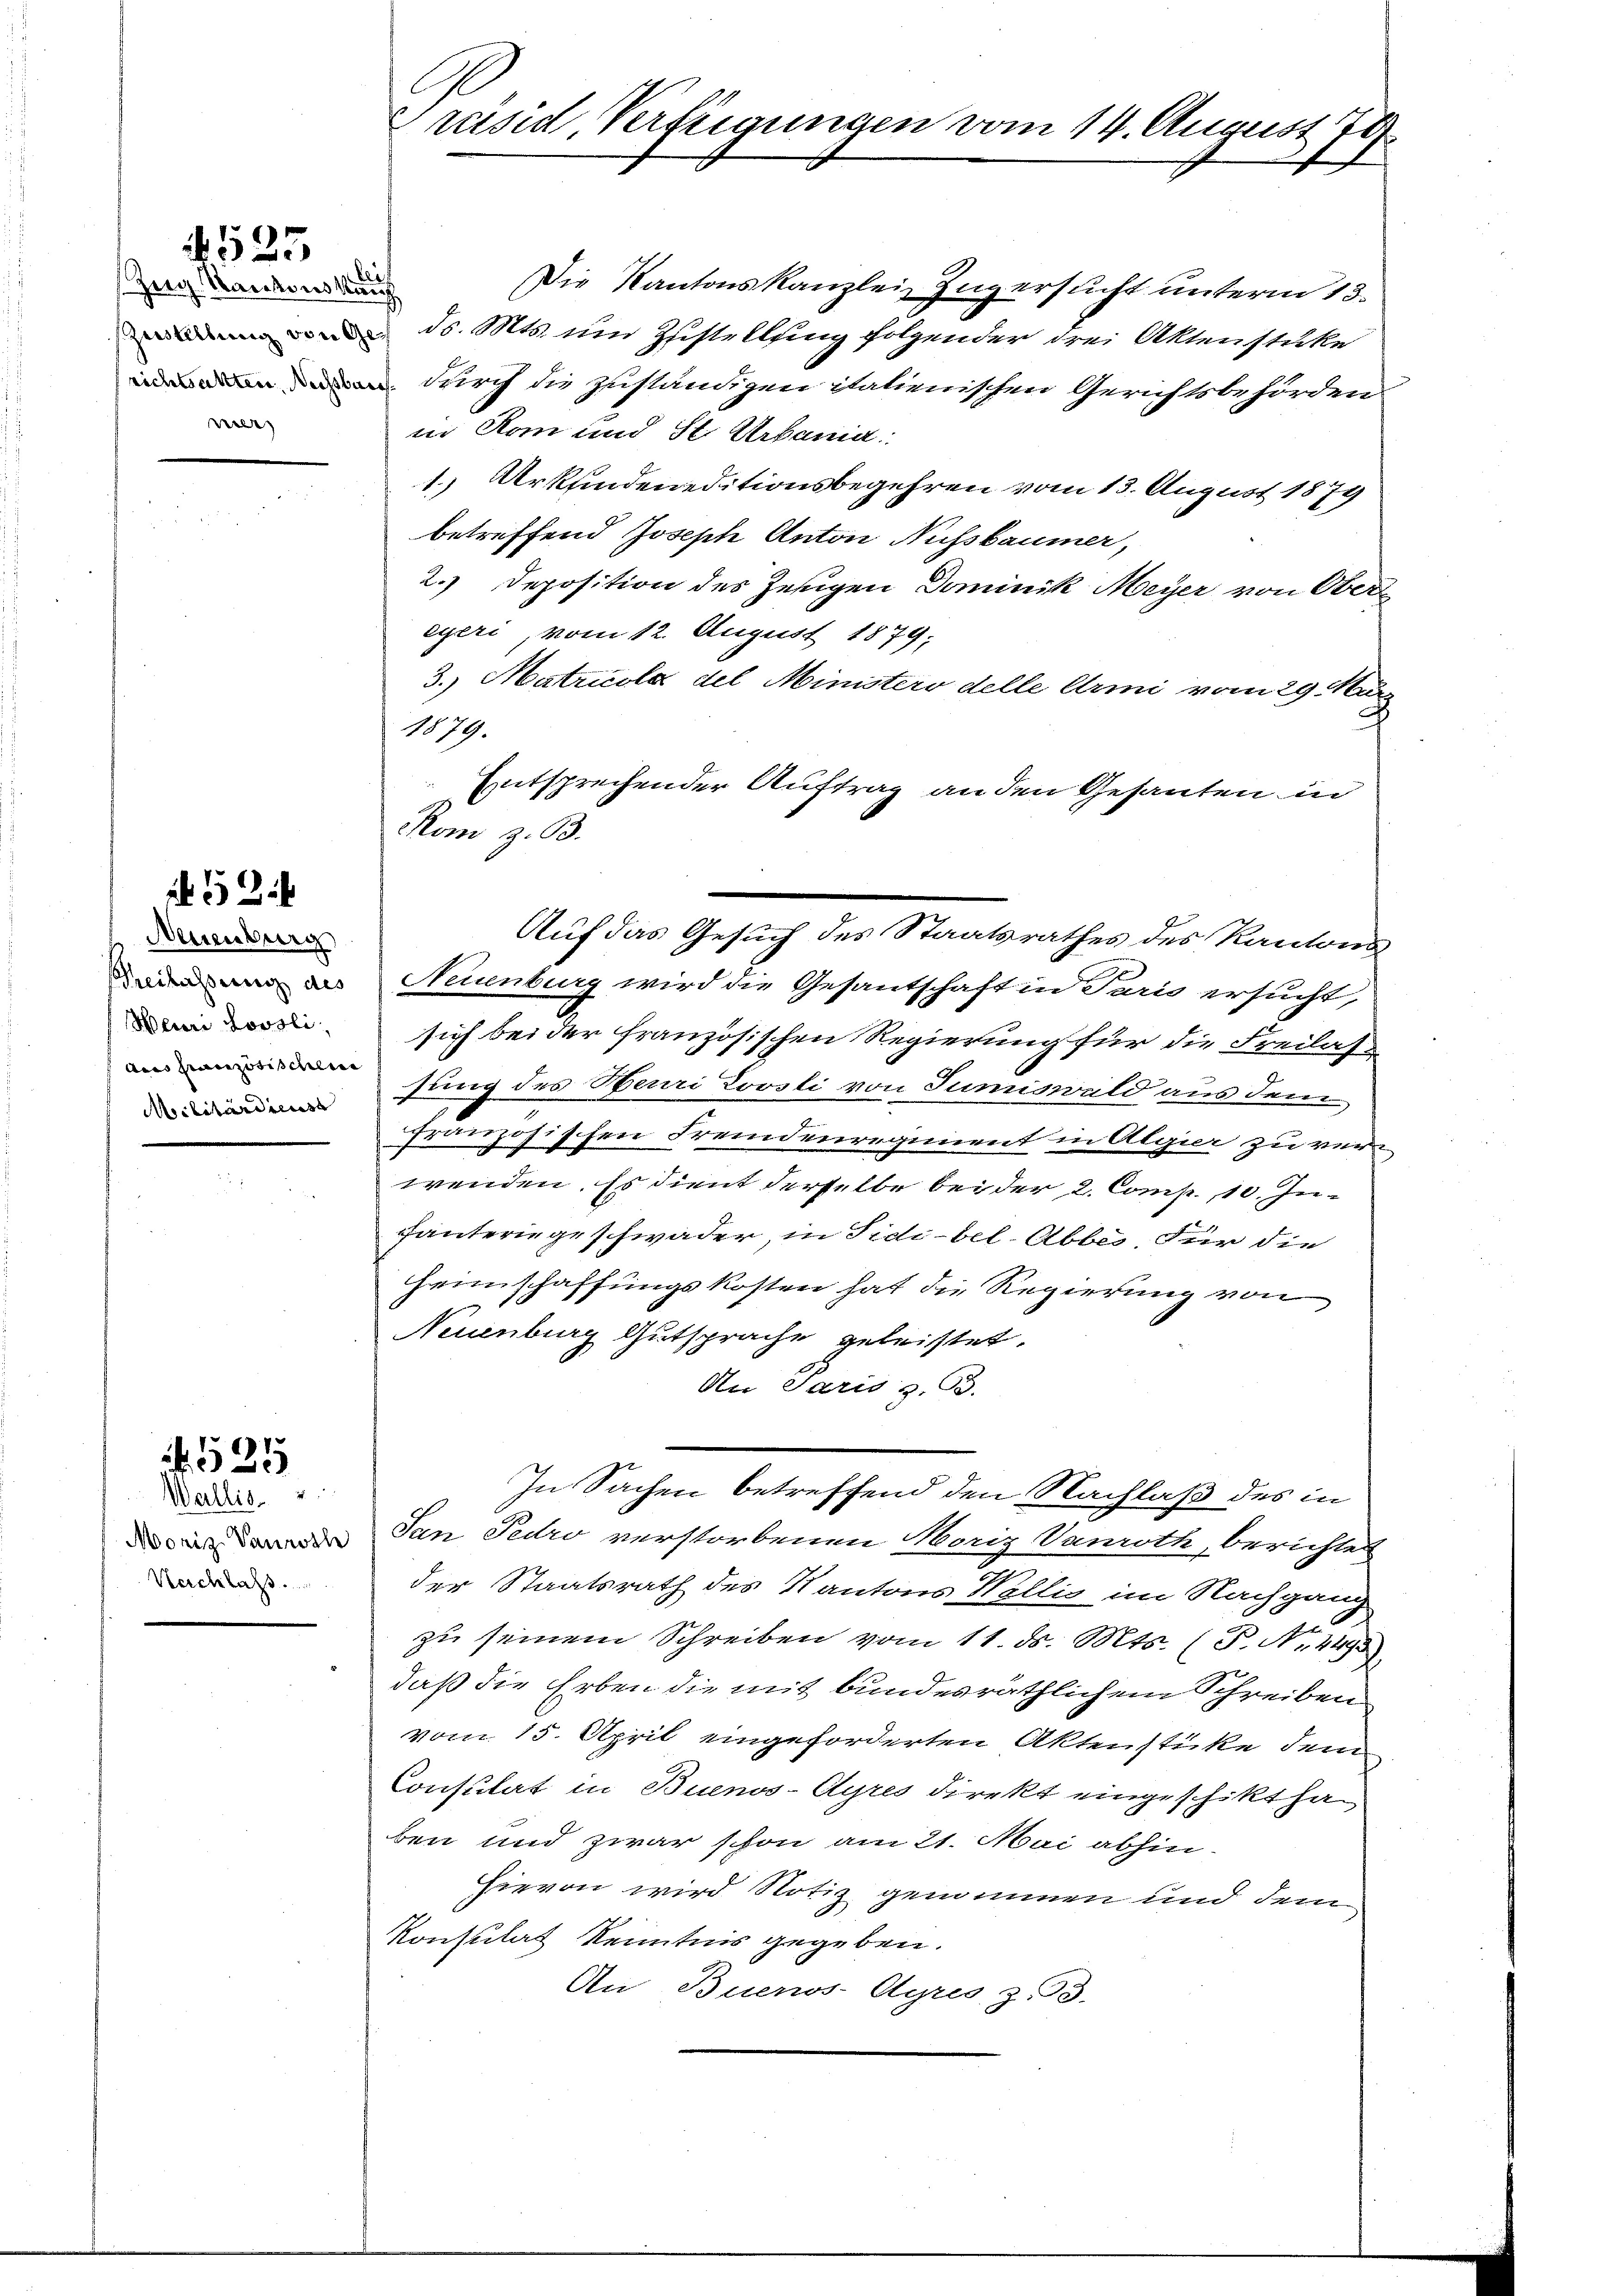
. 533

Zug. Kantonskauf
ver

52.

Minburg
Theilassung des
Meuri Lovsli,
Aus französischeine
Militärdienst

4.525

Wallis
Moriz Vanrothe
Nachlass.

Präsid Verfügungen vom 14. August 179

Kom z. B.

Die Kantonskanzlei Zug ersucht unterm 13.
 d. Mts. um Ziestellung folgender drei Aktenstüke
durch die zuständigen italienischen Gerichtsbehörden.
in Rom und St. Urbania
1. Urkundeneditionsbegehren vom 13. August 1879
betreffend Joseph Anton Aufsbaumer,
2.) Deposition des Zeugen Dominik Meyer von Obereyeri, vom 12. August 1879;
3. Matricola del Ministero delle Armi vom 29. Man
.
1879.
Entsprechender Auftrag an den Gesanten in
sich bei der französischen Regierung für die Freilas
sung des Heuri Lovsli von Sumiswald aus dem
französischen Fremdenregiment in Algier zu verwenden. Es dient derselbe bei der 2. Comp., 10. Juhäuterie geschwader, in Fidibel. Abbes. Für die
Heimschaffungskosten hat die Regierung von
Neuenburg Gutsprache geleistet.
An Paris z. B.
In Sachen betreffend den Nachlaß des in
San Pedro verstorbenen Moriz Vanroth, berichtet
der Staatsrath des Kantons Wallis im Nachgang
zu seinem Schreiben vom 11. ds. Mts. (T. N. 4493
daß die Erben die mit bundesräthlichem Schreiben
vom 15. April eingeforderten Aktenstücke dem
Consulat in Buenos-Ayres direkt eingeschikt ha
ben und zwar schon am 21. Mai abhin
Hievon wird Notiz genommen und dem
Konsulat Kenntnis gegeben.
An Buenos-Ayres z. 93.

Auf das Gesuch des Staatsrathes des Kantons
Neuenburg wird die Gesantschaft in Paris ersucht,